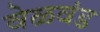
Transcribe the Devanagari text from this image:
वेळवंड